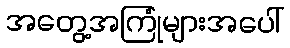
အတွေ့အကြုံများအပေါ်